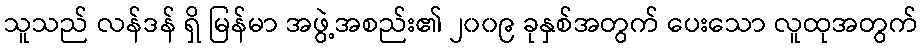
သူသည် လန်ဒန် ရှိ မြန်မာ အဖွဲ့အစည်း၏ ၂၀၀၉ ခုနှစ်အတွက် ပေးသော လူထုအတွက်